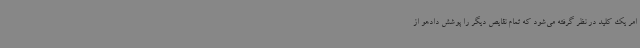
امر یک کلید در نظر گرفته می‌شود که تمام نقایص دیگر را پوشش دادهو از